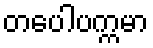
တပေါပက္ကမာ